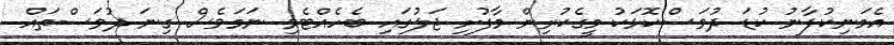
އެމަނިކުފާނު ކުޑަ ދުވަސްކޮޅަކު މީގެކުރިން މާފުށި ޖަލުގައި ބެހެއްޓެވި ނަމަވެސް ގިނަ ދުވަސްތައް